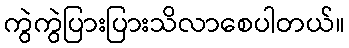
ကွဲကွဲပြားပြားသိလာစေပါတယ်။